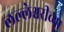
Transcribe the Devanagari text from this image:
लल्लेश्वरीच्या